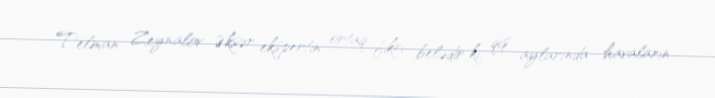
Telman Zeynalov Əksər ekspertin ortaq fikri belədir ki, qış aylarında havaların